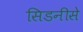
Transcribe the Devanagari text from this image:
सिडनीसे